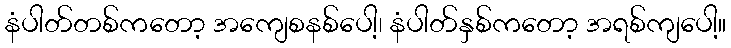
နံပါတ်တစ်ကတော့ အကျေစနစ်ပေါ့၊ နံပါတ်နှစ်ကတော့ အရစ်ကျပေါ့။